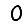
Digit: 0